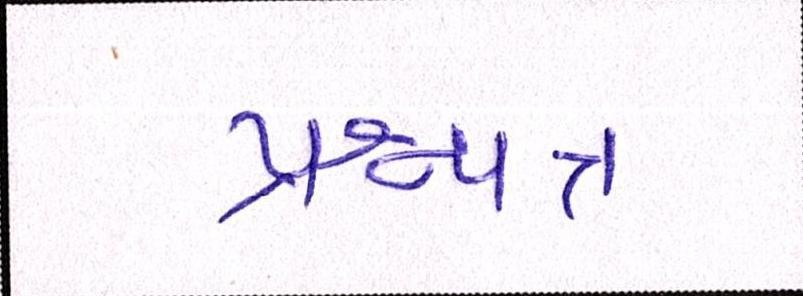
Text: પ્રશ્નપત્ર